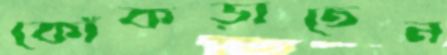
কোঁকড়াতেন